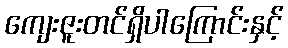
ကျေးဇူးတင်ရှိပါကြောင်းနှင့်